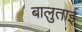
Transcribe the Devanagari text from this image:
बालुताई